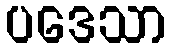
ပဒေသာ